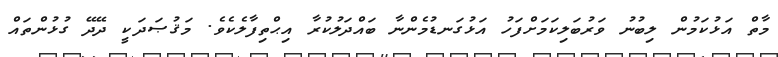
މާތް އަޅުކަމުން ލިބުނު ވަރުބަލިކަމަށްފަހު އަޅުގަނޑުމެންނާ ބައްދަލުކުރާ އިޙްތިފާލެކެވެ. މަޤުޞަދަކީ ދޭދޭ ގުޅުންތައް